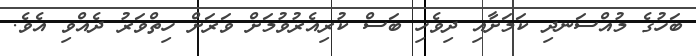
ބަހުގެ މުއްސަނދި ކަމަށާއި ދިވެހި ބަސް ކުރިއެރުވުމަށް ވަރަށް ހިތްވަރު ދެއްވި އެވެ.